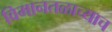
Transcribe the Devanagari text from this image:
विमानतळाच्याच